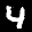
Label: 4